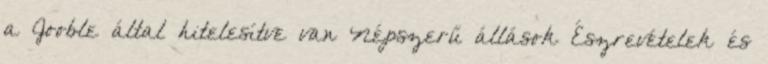
a Jooble által hitelesítve van Népszerű állások Észrevételek és